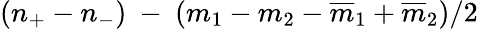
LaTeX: (n_{+}-n_{-})\ -\ (m_{1}-m_{2}-{\overline{{{m}}}_{1}}+{\overline{{{m}}}_{2}})/2